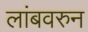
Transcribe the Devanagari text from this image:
लांबवरुन